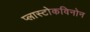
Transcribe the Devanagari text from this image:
प्लास्टोकविनोन